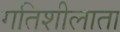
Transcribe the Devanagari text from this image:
गतिशीलाता